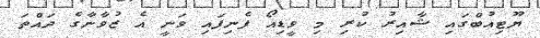
ޔޫޓިއުބްގައި ޝާއިރު ކުރި މި ވީޑިއޯ ފެނިފައި ވަނީ އެ ޒުވާނާގެ ދައްތަ